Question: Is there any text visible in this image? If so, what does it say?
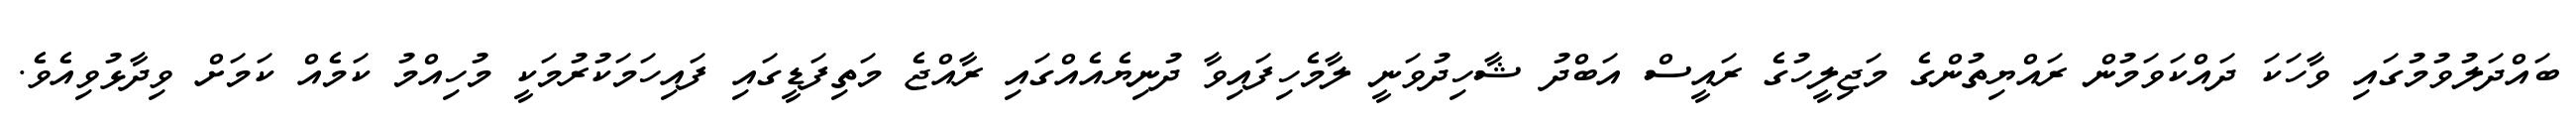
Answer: ބައްދަލުވުމުގައި ވާހަކަ ދައްކަވަމުން ރައްޔިތުންގެ މަޖިލީހުގެ ރައީސް އަބްދު ޝާހިދުވަނީ ލާމެހިފައިވާ ދުނިޔެއެއްގައި ރާއްޖެ މަތިފަޑީގައި ފައިހަމަކުރުމަކީ މުހިއްމު ކަމެއް ކަމަށް ވިދާޅުވިއެވެ.